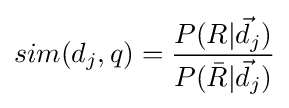
sim(d_{j},q)={\frac {P(R|{\vec {d}}_{j})}{P({\bar {R}}|{\vec {d}}_{j})}}